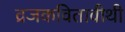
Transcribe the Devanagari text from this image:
व्रजकवितावीथी